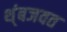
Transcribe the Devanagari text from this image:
थ्ंबजवत